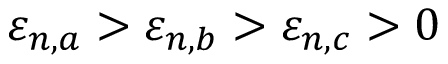
\varepsilon _ { n , a } > \varepsilon _ { n , b } > \varepsilon _ { n , c } > 0